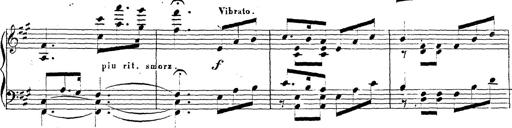
Title: Chanson bohÃ©mienne
Composer: Franz Liszt